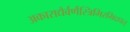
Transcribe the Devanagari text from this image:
अकाराद्यैर्वर्णैस्त्रिभिरभिदधत्